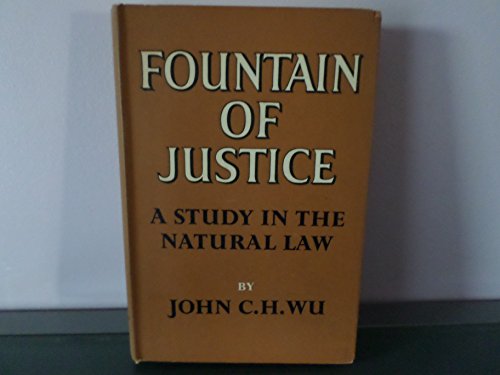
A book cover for Fountain of justice;: A study in the natural law,; John Ching-hsiung Wu; Law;